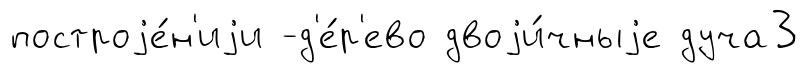
построjе́н'иjи -д'е́р'ево двоjи́чныjе дуча3